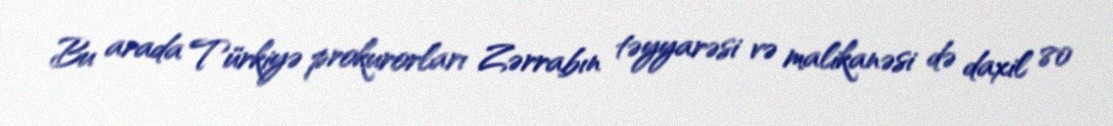
Bu arada Türkiyə prokurorları Zərrabın təyyarəsi və malikanəsi də daxil 80